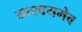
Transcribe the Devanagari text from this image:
यत्स्वयमेव